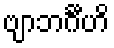
ဗျာဘင်္ဂီဟိ